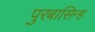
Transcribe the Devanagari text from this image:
पुरबासिन्ह